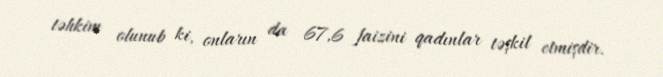
təhkim olunub ki, onların da 67,6 faizini qadınlar təşkil etmişdir.